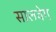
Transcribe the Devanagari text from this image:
सालवेग